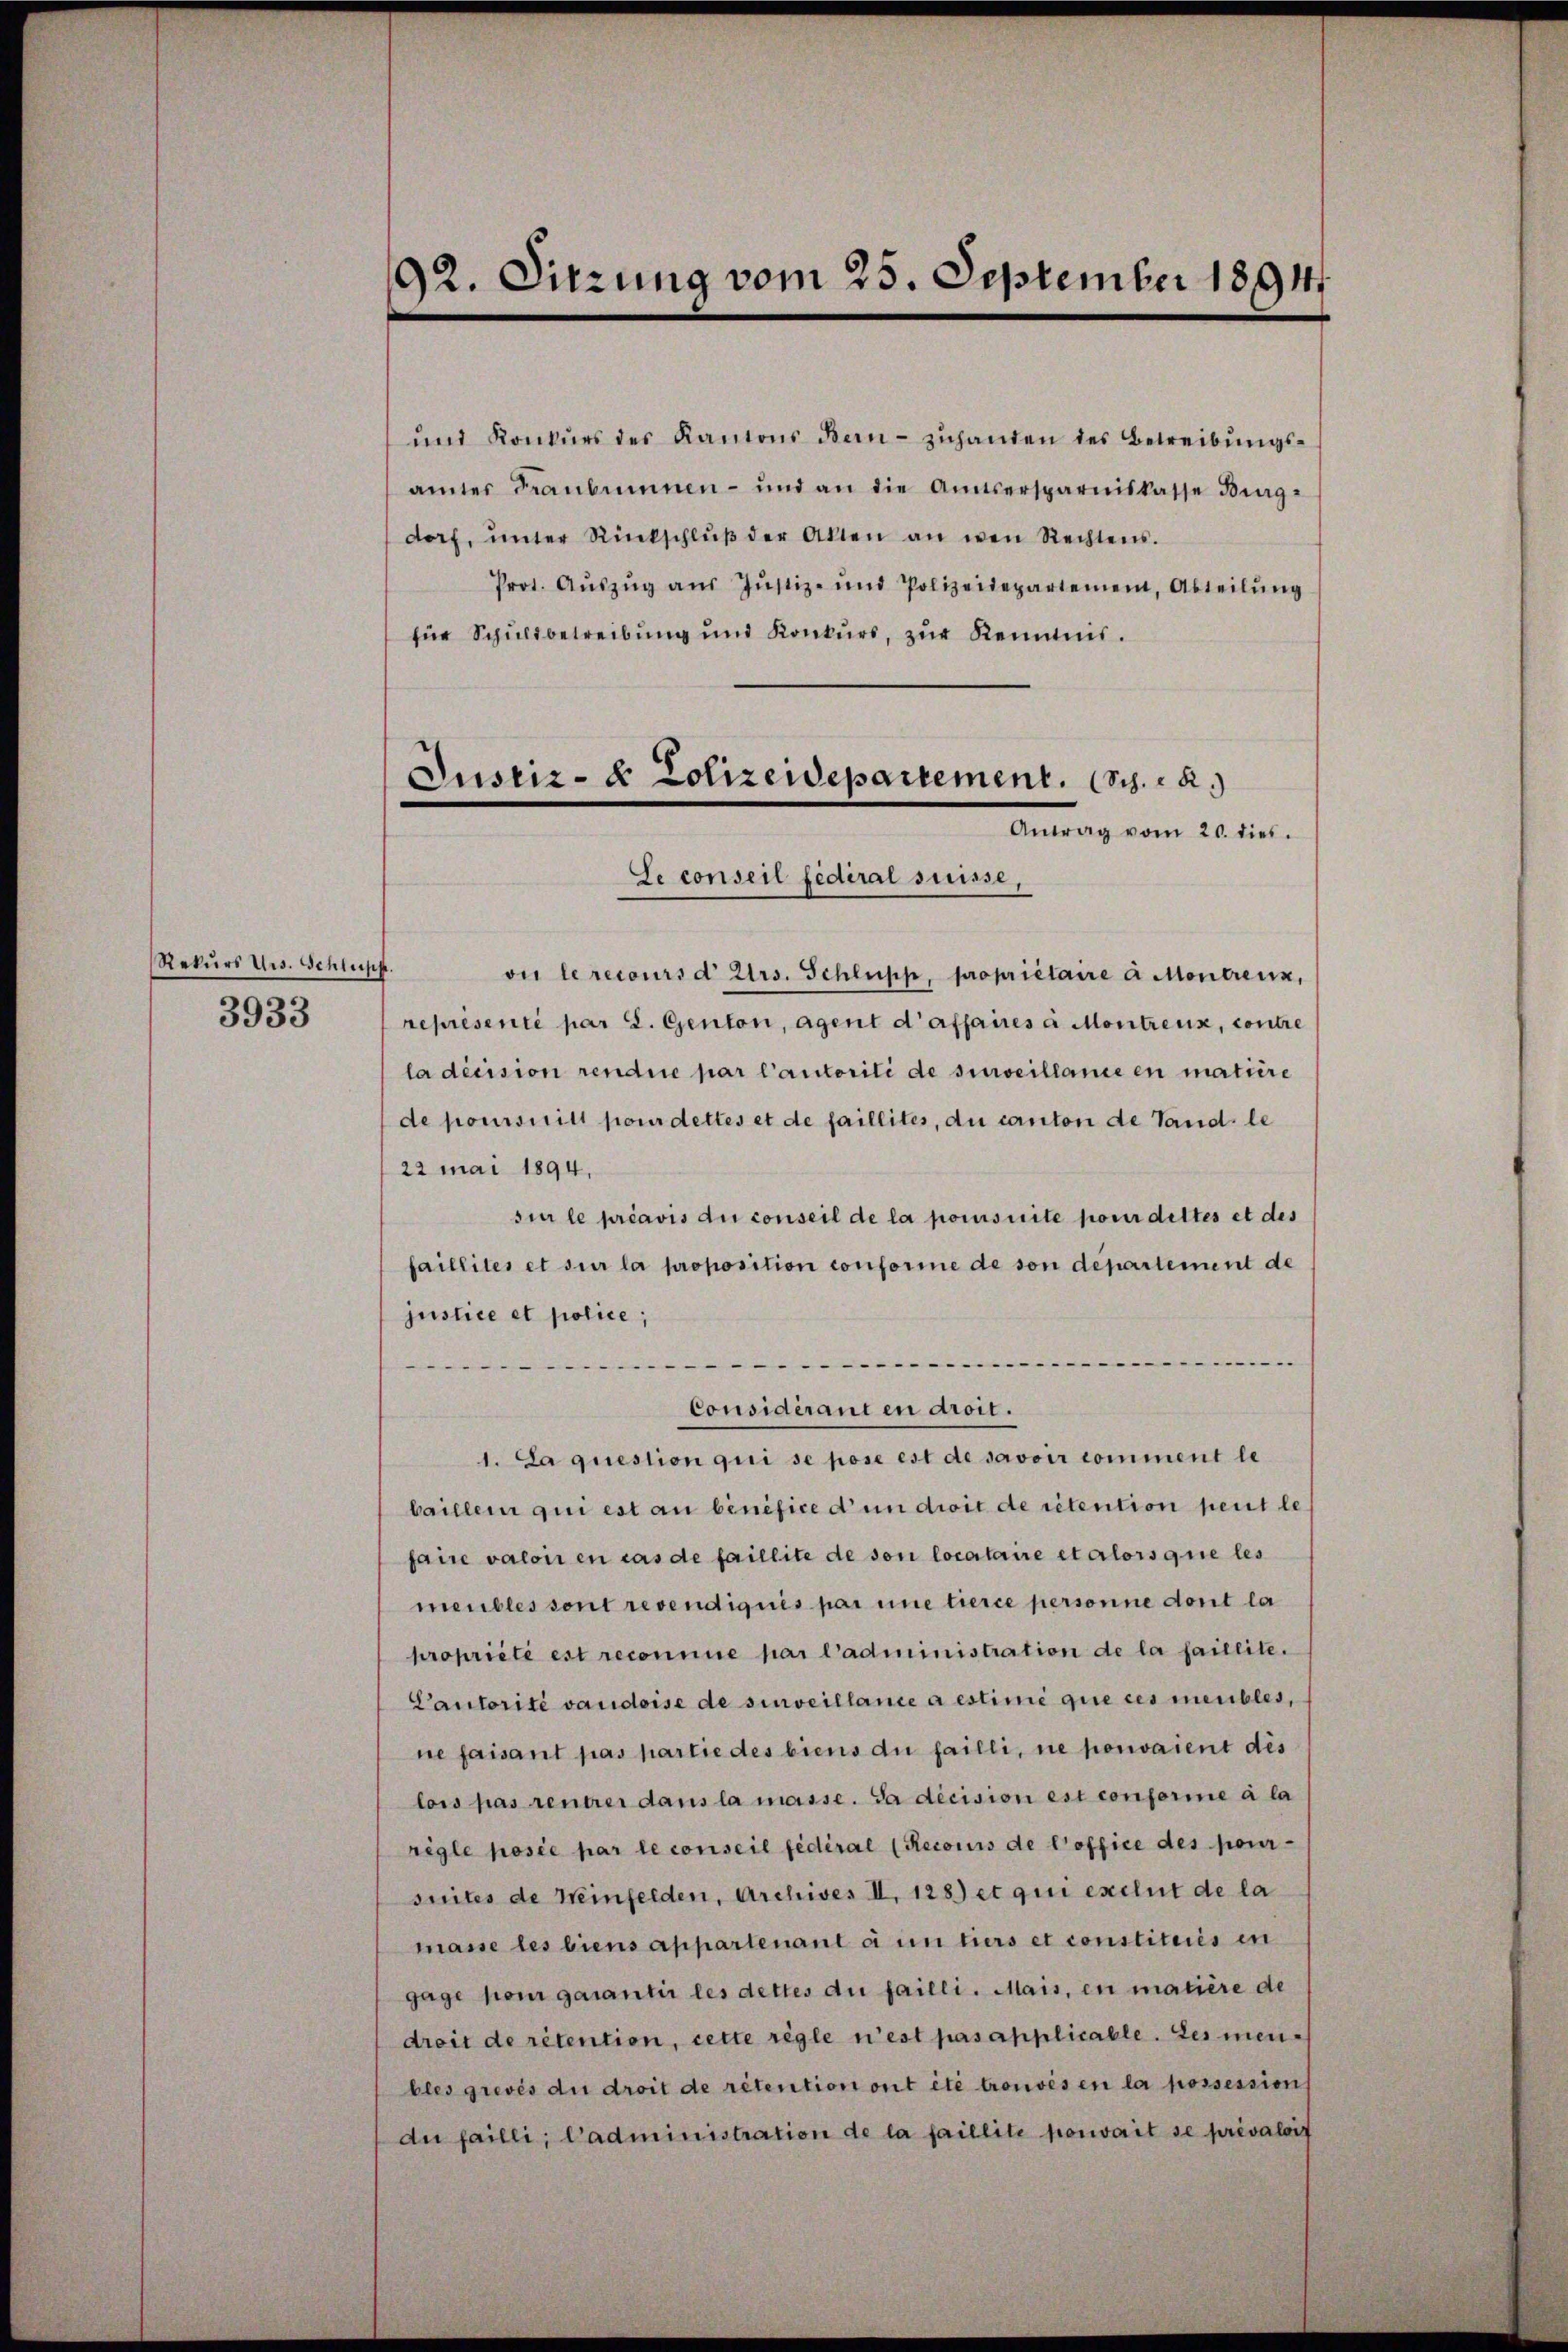
Rekurs Urs. Schluss.
3933

192. Sitzung vom 25. September 1891

und Konkurs des Kantons Bern - zuhanden des Betreibungsamter Fraubumnen- und an die Amtsersparniskasse Bing-
dorf, ŭnter Rückschlŭβ der Akten an den Rechtens.
Prot. Aŭszŭg aŭs Jŭstiz- und Polizeidepartement, Abteilŭng
für Schŭldbetreibŭng und Konkŭrs, zŭr Kenntnis.

Justiz- & Polizeidepartement. (Sch. 2.
Antrag vom 20. dies.
Se conseil fédéral suisse,

on le recours d Urs. Schluss, propriétaire à Montreux,
representi par L. Genton, Agent d’affaires à Montreux, contre
la dicision rendire par l’autorité de surveillance en matiere
de poursuit pour dettes et de faillites, du canton de land, le
22 mai 1894.
si le préavis du conseil de la pomsuite pour dettes et des
faillites et sur la proposition conforme de son departement de
justice et police;
.

1. La question qui se pose est de savoir comment le
baillem qui est an benefice d’un droit de rétention peut le
faire valoir en cas de faillite de von locataire et alorsque les
meubles sont revendiqués par une tierce personne dont la
propriété est reconnue par l’administration de la faillite.
Cautorité vaudoise de surveillance a estimé que ces meubles,
ne faisant pas partie des biens du failli, ne pouvaient des
lois pas rentrer dans la masse. Da decision est conformne à la
règle posée par le conseil fédéral (Reconis de l’office des pour-
suites de Neinfelden, Archives II. 128) et qui exclut de la
masse les biens appartenant à un tiers et constitiis in
gage pour garantir les dettes du failli. Mais, en matière de
droit de rétention, cette règle n’est pas applicable. Les menbles grevés du droit de rétention ont été trouvés en la possession
du failli, Cadministration de la faillite pouvait se prévaloit

Considérant en droit.